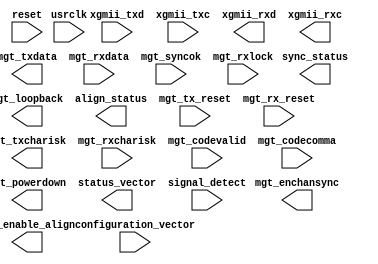
module xaui_v7_2(
  reset,
  usrclk,
  xgmii_txd,xgmii_txc,
  xgmii_rxd,xgmii_rxc,
  mgt_txdata,mgt_txcharisk,
  mgt_rxdata,mgt_rxcharisk,
  mgt_codevalid, mgt_codecomma,
  mgt_enable_align, mgt_enchansync,
  mgt_syncok, mgt_loopback, mgt_powerdown,
  configuration_vector,
  status_vector,
  align_status, sync_status, mgt_rxlock,
  mgt_tx_reset, mgt_rx_reset,
  signal_detect
  );
  input  reset;
  input  usrclk;

  input  [63:0] xgmii_txd;
  input   [7:0] xgmii_txc;
  output [63:0] xgmii_rxd;
  output  [7:0] xgmii_rxc;

  output [63:0] mgt_txdata;
  output  [7:0] mgt_txcharisk;
  input  [63:0] mgt_rxdata;
  input   [7:0] mgt_rxcharisk;
  input   [7:0] mgt_codevalid;
  input   [7:0] mgt_codecomma;
  output  [3:0] mgt_enable_align;
  output mgt_enchansync;
  input   [3:0] mgt_syncok;
  input   [3:0] mgt_rxlock;
  output mgt_loopback;
  output mgt_powerdown;
  input   [6:0] configuration_vector;
  output  [7:0] status_vector;
  output align_status;
  output  [3:0] sync_status;
  input   [3:0] mgt_tx_reset;
  input   [3:0] mgt_rx_reset;
  input   [3:0] signal_detect;
// synthesis attribute box_type xaui_v7_2 "black_box" 
endmodule